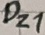
Text: DZ1